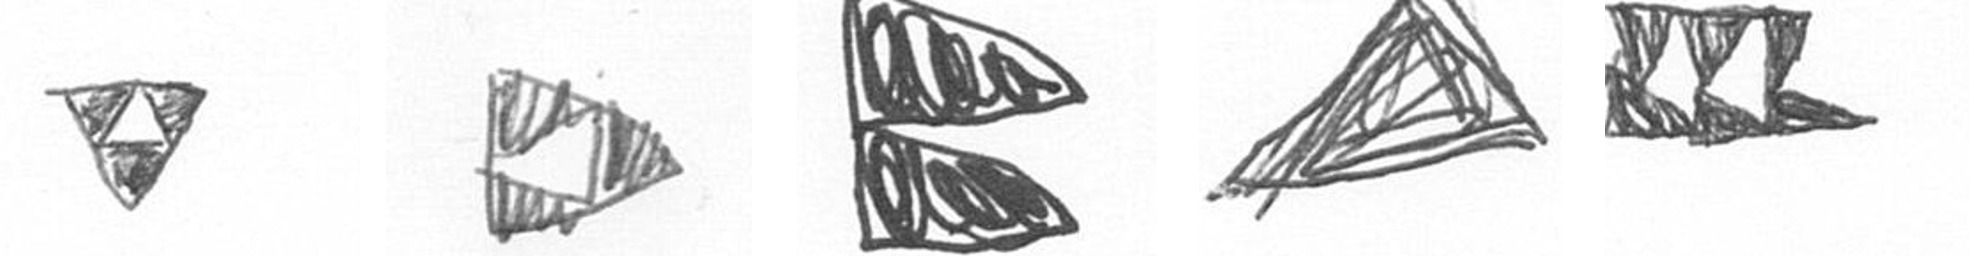
S K P O D